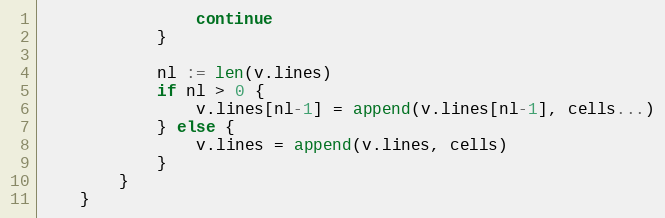
Language: Go
				continue
			}

			nl := len(v.lines)
			if nl > 0 {
				v.lines[nl-1] = append(v.lines[nl-1], cells...)
			} else {
				v.lines = append(v.lines, cells)
			}
		}
	}